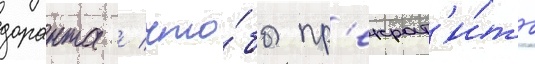
доранта / что́бы пр'екрат'и́ть